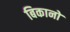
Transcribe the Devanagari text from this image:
बिकानो